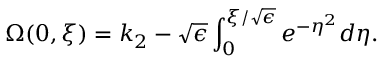
\Omega ( 0 , \xi ) = k _ { 2 } - \sqrt { \epsilon } \int _ { 0 } ^ { \xi / \sqrt { \epsilon } } e ^ { - \eta ^ { 2 } } d \eta .